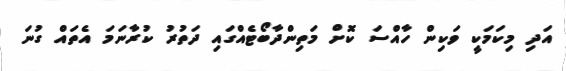
އަދި މިކަމަކީ ވަކިން ހާއްސަ ކޮށް މަތިންދާބޯޓެއްގައި ދަތުރު ކުރާނަމަ އެތައް ގުނަ